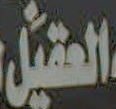
العقيل